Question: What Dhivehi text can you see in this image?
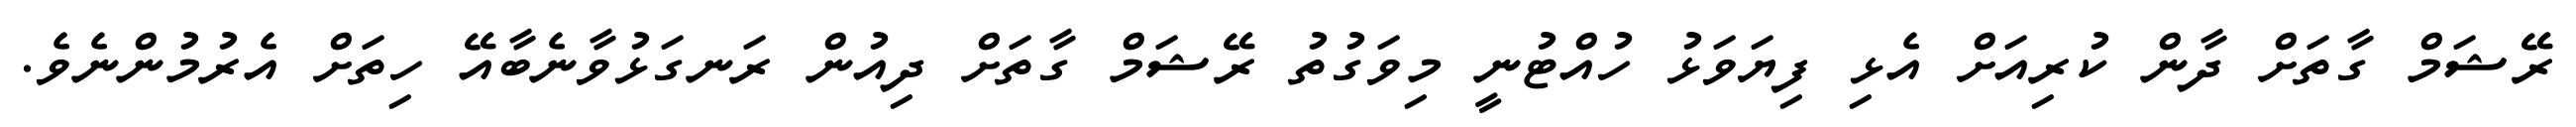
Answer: ރޭޝަމް ގާތަށް ދާން ކުރިއަށް އެޅި ފިޔަވަޅު ހުއްޓުނީ މިވަގުތު ރޭޝަމް ގާތަށް ދިއުން ރަނގަޅުވާނެބާއޭ ހިތަށް އެރުމުންނެވެ.